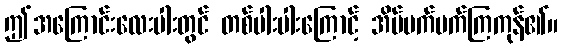
ဤအကြောင်းလေးပါးတွင် တစ်ပါးပါးကြောင့် အိပ်မက်မက်ကြကုန်၏။